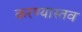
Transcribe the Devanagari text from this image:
करण्यास्तव